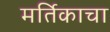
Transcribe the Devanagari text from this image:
मर्तिकाचा